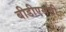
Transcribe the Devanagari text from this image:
बीडीएसची